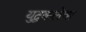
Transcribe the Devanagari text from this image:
युद्धकलेचा